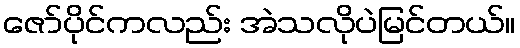
ဇော်ပိုင်ကလည်း အဲသလိုပဲမြင်တယ်။